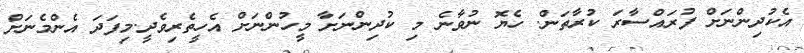
އެކުދިންނަށް ފުރައްސާރަ ކުރާތަން. ހެޔޮ ނުވާނެ މި ކުދިންނަށާ މީހުންނަށް އެހީތެރިވެދީ.މިފަދަ އެންމެނަށް